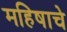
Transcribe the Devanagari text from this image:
महिषाचे